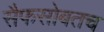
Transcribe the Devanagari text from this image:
सैफसोबतच